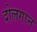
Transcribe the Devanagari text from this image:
दोलगान